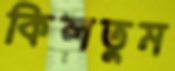
কিলতুম